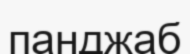
панджаб